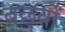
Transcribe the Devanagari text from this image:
बछवों